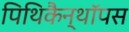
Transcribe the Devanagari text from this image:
पिथिकैन्थॉपस